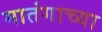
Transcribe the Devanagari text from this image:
मातंगाच्या